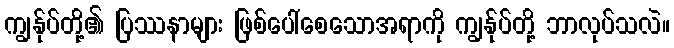
ကျွန်ုပ်တို့၏ ပြဿနာများ ဖြစ်ပေါ်စေသောအရာကို ကျွန်ုပ်တို့ ဘာလုပ်သလဲ။